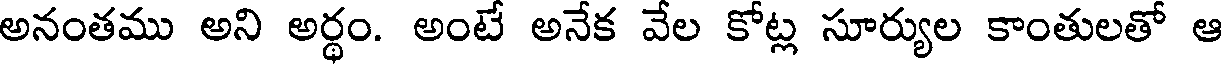
అనంతము అని అర్థం. అంటే అనేక వేల కోట్ల సూర్యుల కాంతులతో ఆ